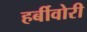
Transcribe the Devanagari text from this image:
हर्बीवोरी